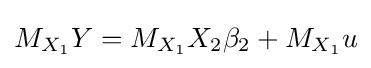
M_{X_{1}}Y=M_{X_{1}}X_{2}\beta _{2}+M_{X_{1}}u